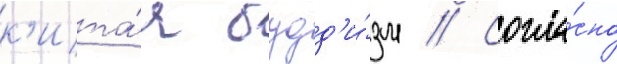
к'ита́я будд'и́зм // Согла́сно